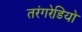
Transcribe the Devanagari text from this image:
तरंगरेडियो